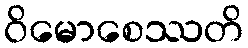
ဝိမောစေဿတိ